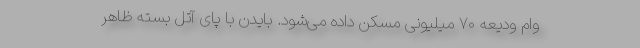
وام ودیعه ۷۰ میلیونی مسکن داده می‌شود. بایدن با پای آتل بسته ظاهر